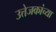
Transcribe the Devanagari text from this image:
उत्तेजकांच्या